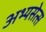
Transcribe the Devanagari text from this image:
अभ्यसेत्स